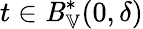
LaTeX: t\in\mathit{B}_{\mathbb{{V}}}^{*}(0,\delta)